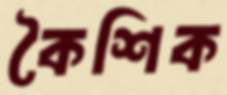
কৈশিক